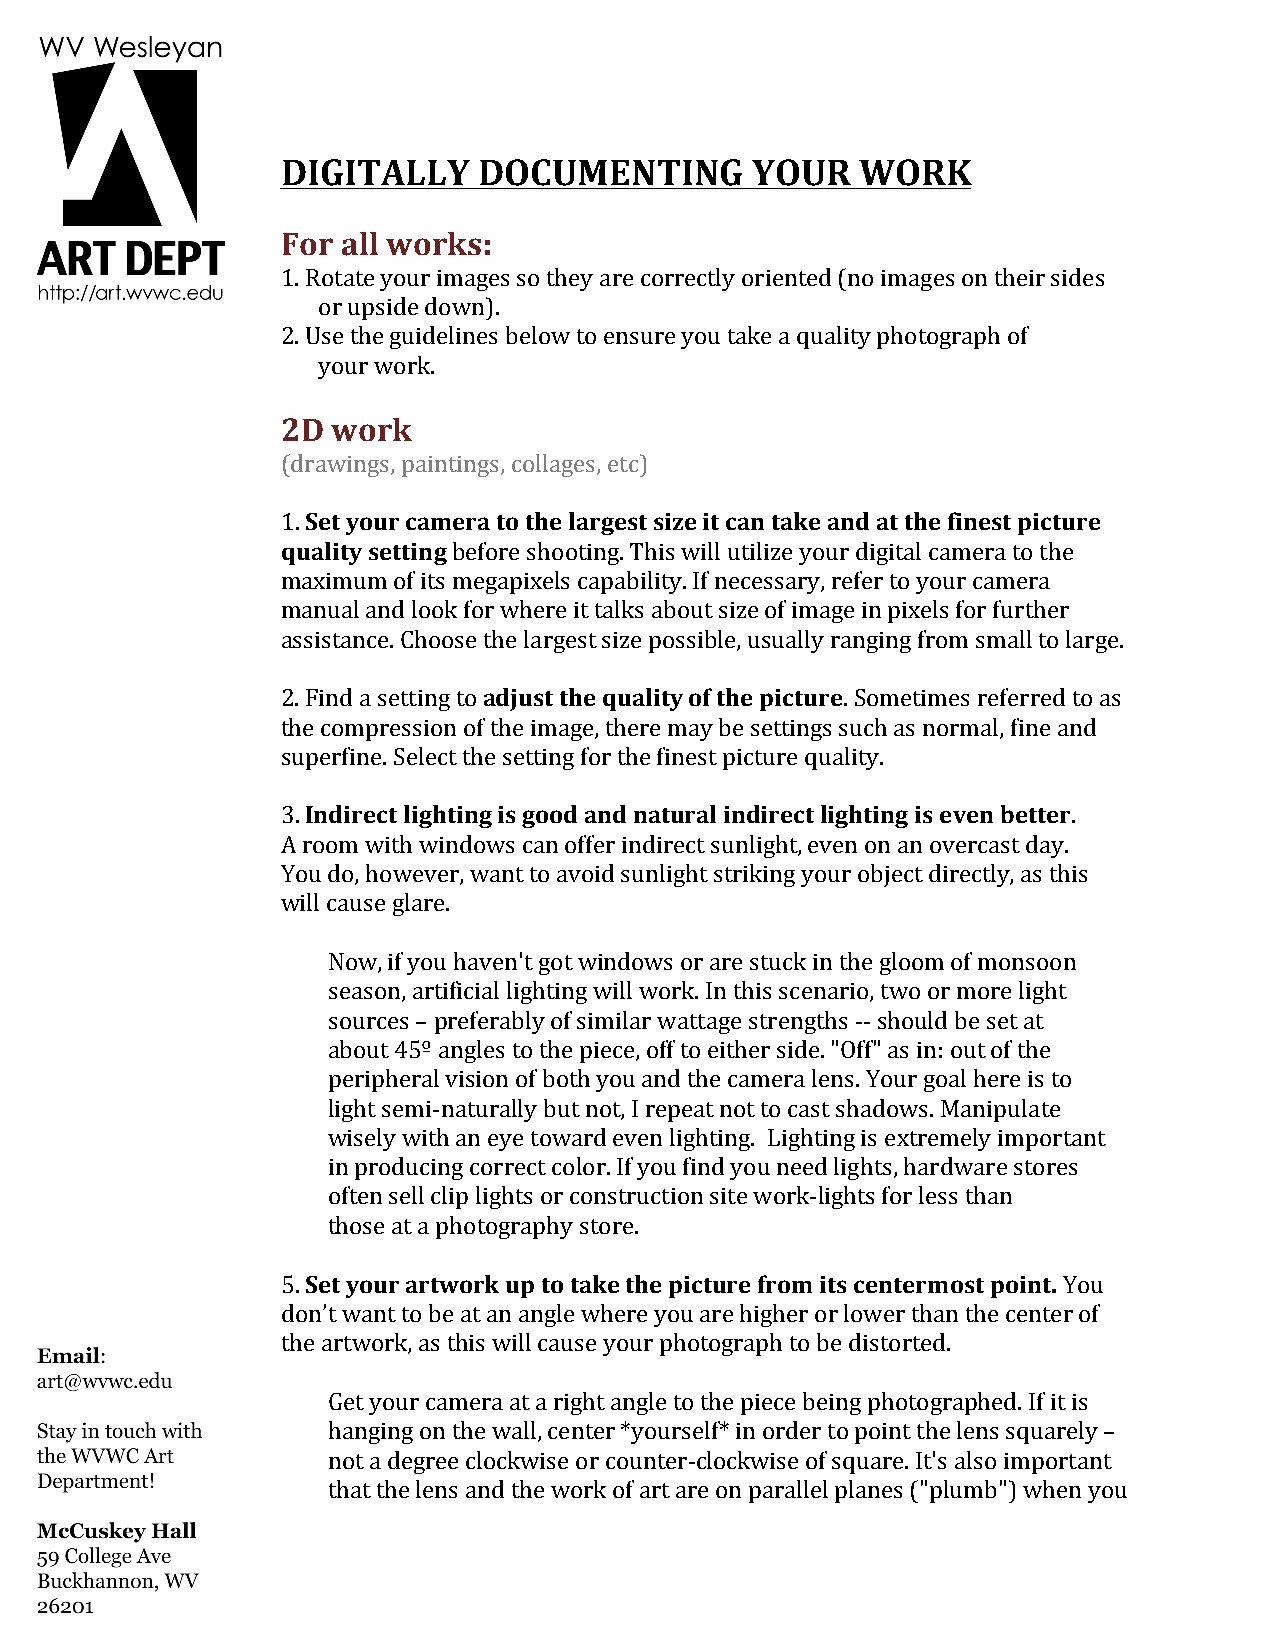
DIGITALLY    DOCUMENTING       YOUR   WORK
 For all works:
 1. Rotate your images so they are correctly oriented (no images on their sides
 or upside down).
 2. Use the guidelines below to ensure you take a quality photograph of
 your work.
 2D work
 (drawings, paintings, collages, etc)
 1. Set your camera to the largest size it can take and at the finest picture
 quality setting before shooting. This will utilize your digital camera to the
 maximum of its megapixels capability. If necessary, refer to your camera
 manual and look for where it talks about size of image in pixels for further
 assistance. Choose the largest size possible, usually ranging from small to large.
 2. Find a setting to adjust the quality of the picture. Sometimes referred to as
 the compression of the image, there may be settings such as normal, fine and
 superfine. Select the setting for the finest picture quality.
 3. Indirect lighting is good and natural indirect lighting is even better.
 A room with windows can offer indirect sunlight, even on an overcast day.
 You do, however, want to avoid sunlight striking your object directly, as this
 will cause glare.
 Now, if you haven't got windows or are stuck in the gloom of monsoon
 season, artificial lighting will work. In this scenario, two or more light
 sources – preferably of similar wattage strengths -­‐-­‐ should be set at
 about 45º angles to the piece, off to either side. "Off" as in: out of the
 peripheral vision of both you and the camera lens. Your goal here is to
 light semi-­‐naturally but not, I repeat not to cast shadows. Manipulate
 wisely with an eye toward even lighting. Lighting is extremely important
 in producing correct color. If you find you need lights, hardware stores
 often sell clip lights or construction site work-­‐lights for less than
 those at a photography store.
 5. Set your artwork up to take the picture from its centermost point. You
 don’t want to be at an angle where you are higher or lower than the center of
 the artwork, as this will cause your photograph to be distorted.
 Get your camera at a right angle to the piece being photographed. If it is
 hanging on the wall, center *yourself* in order to point the lens squarely –
 not a degree clockwise or counter-­‐clockwise of square. It's also important
 that the lens and the work of art are on parallel planes ("plumb") when you